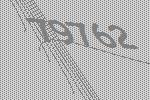
79762